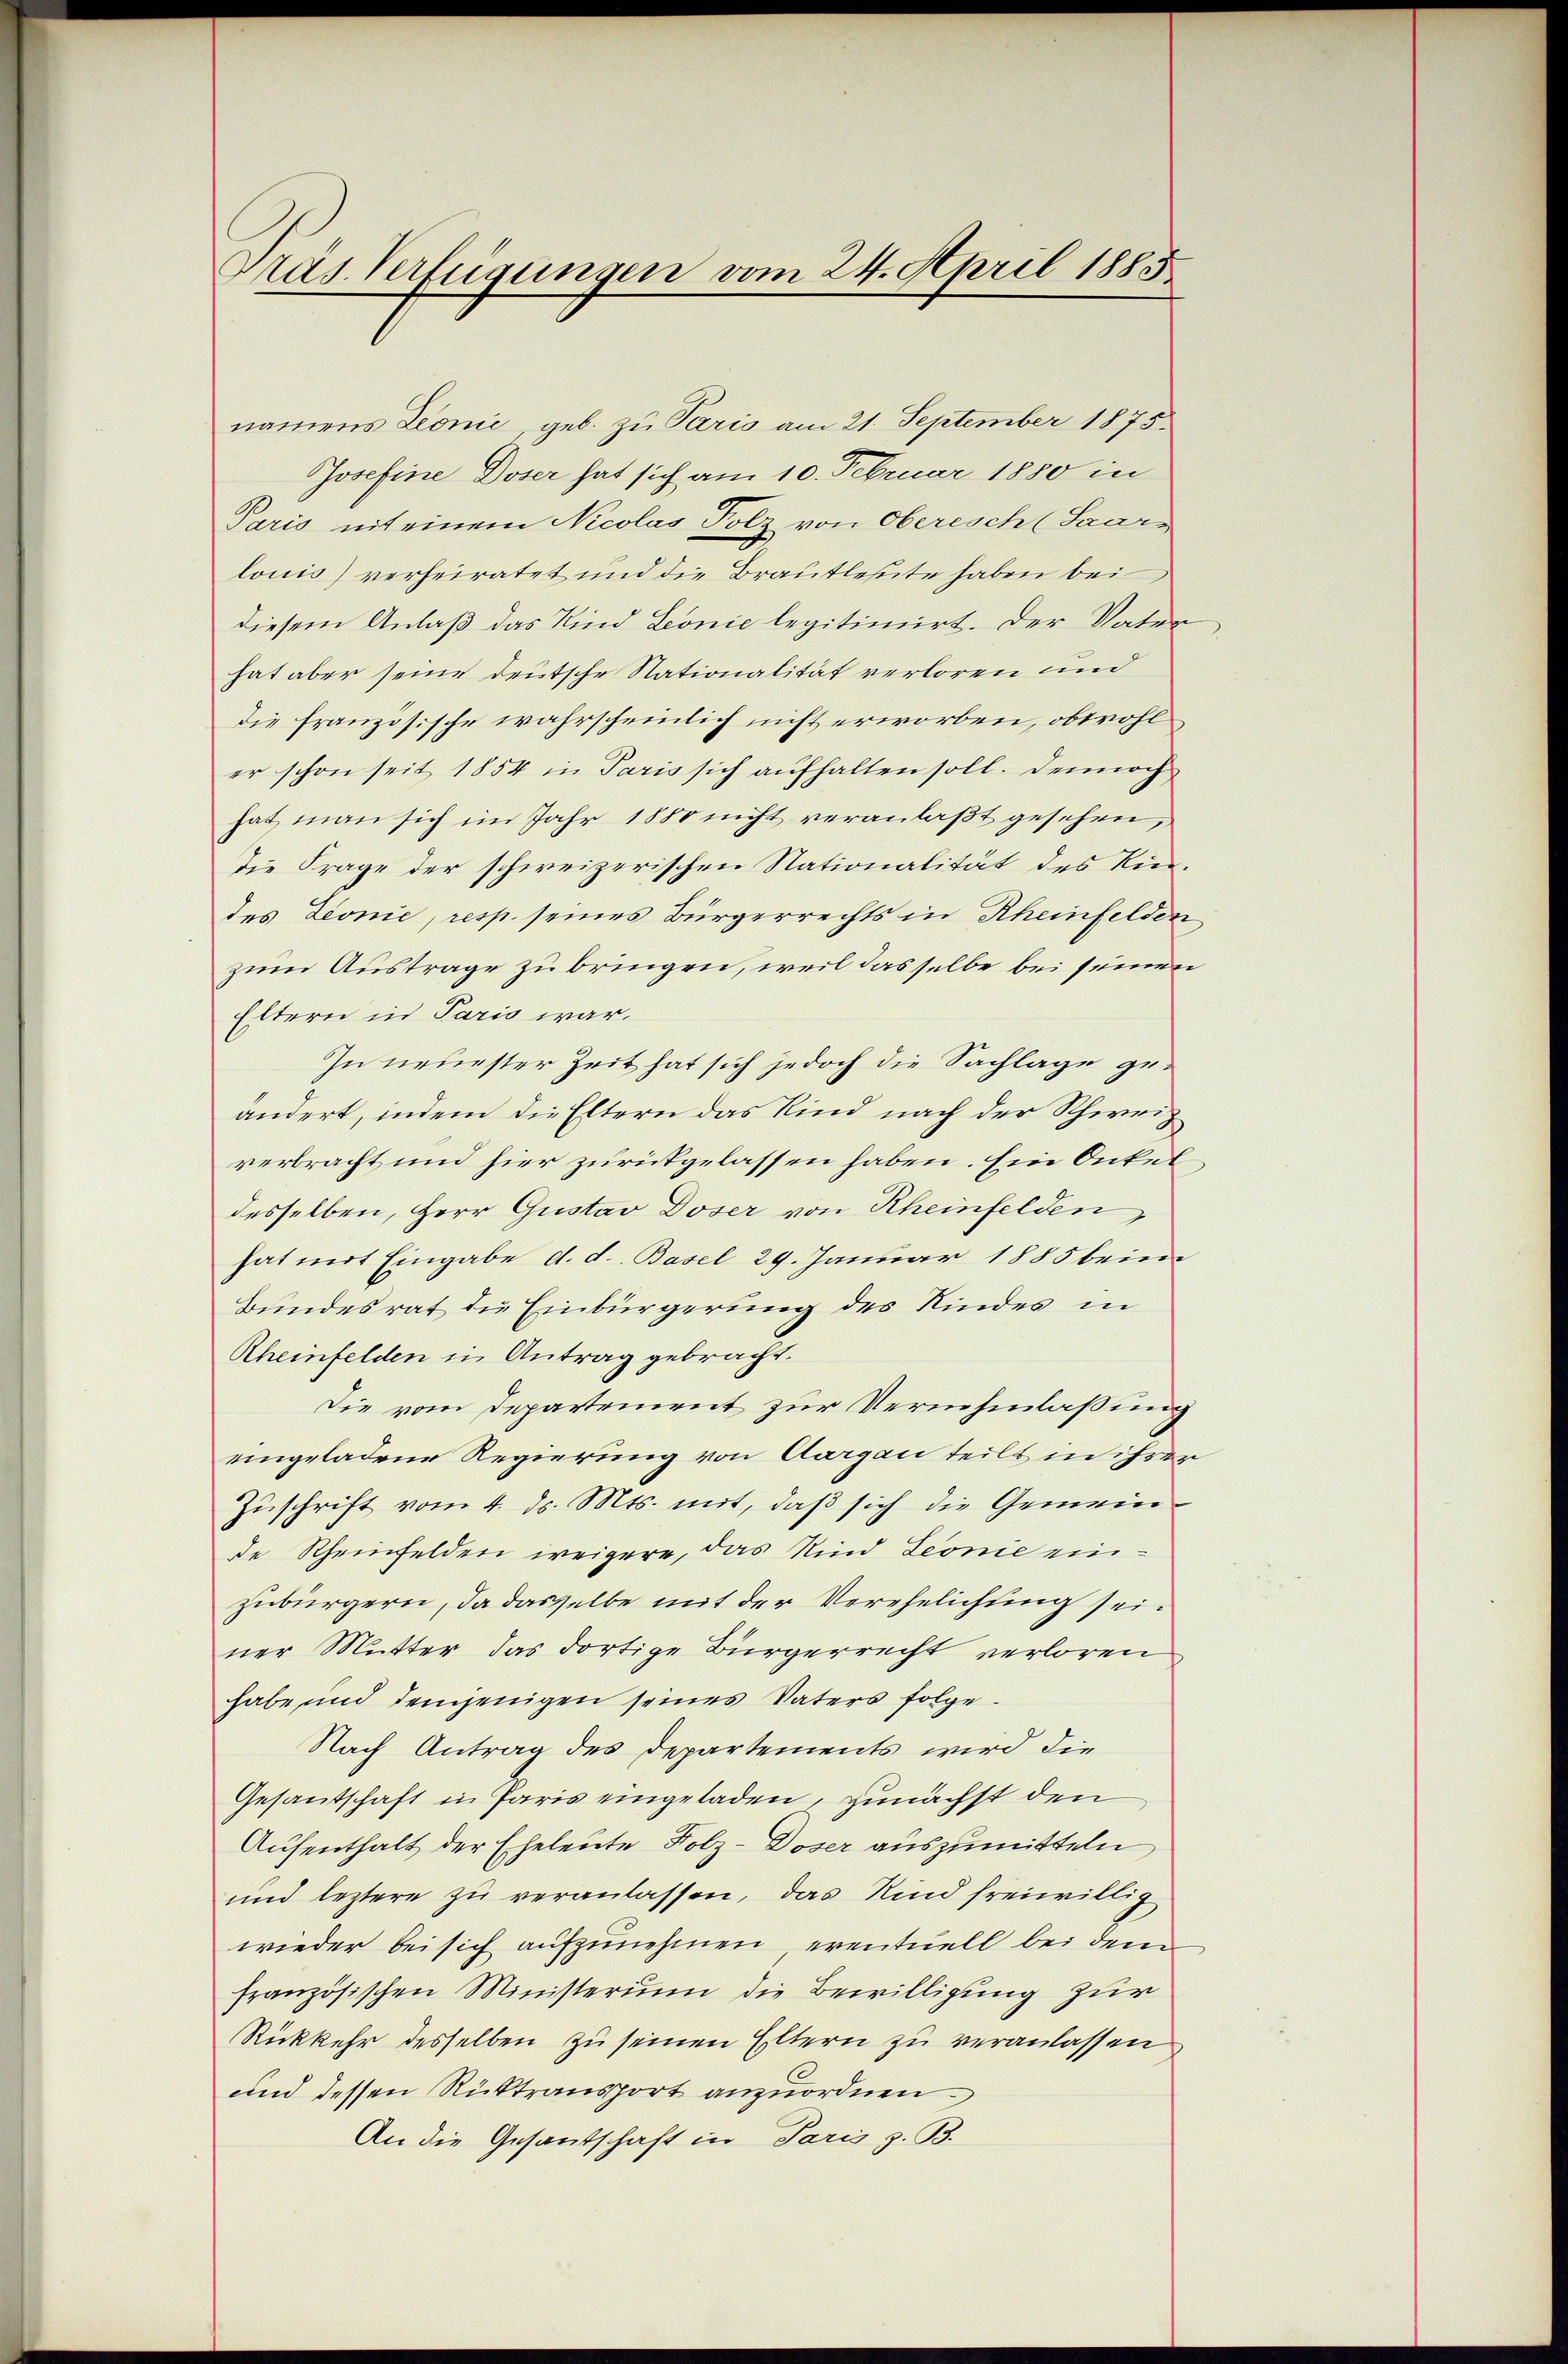
Dras Verfügungen vom 24. April 1885

namens Leonić, geb. zu Paris am 21. September 1875.
Josefine Doser hat sich am 10. Februar 1880 in
Paris mit einem Nicolas Folz von Oberisch (Saarn
lonis) verheiratet und die Brautleute haben bei
diesem Anlaß das Kind Leonie legitimirt. Der Vater
hat aber seine deutsche Nationalität verloren und
die Französische wahrscheinlich nicht erworben, obwohler schon seit 1854 in Paris sich aufhalten soll. Dennoch
hat man sich im Jahr 1880 nicht veranlaßt gesehen,
die Frage der schweizerischen Nationalität des Kindes Leonie, resp. seines Bürgerrechts in Rheinfelden,
zum Austrage zu bringen, weil dasselbe bei seinen
Eltern in Paris war.
In neuester Zeit hat sich jedoch die Sachlage geändert, indem die Eltern das Kind nach der Schweiz
verbracht und hier zurückgelassen haben. Ein Onkel
desselben, Herr Gustav Doser von Rheinfelden,
hat mit Eingabe d. d. Basel 29. Januar 1885 beim
Bundesrat die Einbürgerung des Kindes in
Rheinfelden in Antrag gebracht.
Die vom Departement zur Vernehmlassung
eingeladene Regierung von Aargau teilt in ihrer
Zuschrift vom 4. ds. Mts. mit, daß sich die Gemeinde Rheinfelden weigere, das Kind Leonie einzubürgern, da dasselbe mit der Verehelichung seiner Mutter das dortige Bürgerrecht verloren
habe und demjenigen seines Vaters folge.
Nach Antrag des Departements wird die
Gesandschaft in Paris eingeladen, zunächst den
Aufenthalt der Eheleute Folz-Doser auszumitteln,
und leztere zu veranlassen, das Kind freiwillig
wieder bei sich aufzunehmen, eventuell bei dem
französischen Ministerium die Bewilligung zur
Rückkehr desselben zu seinen Eltern zu veranlassen
und dessen Rücktransport anzuordnen.
An die Gesantschaft in Paris z. B.